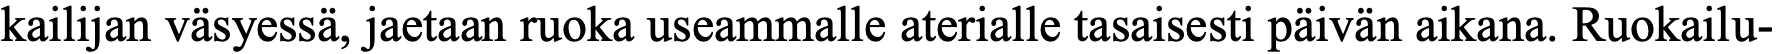
kailijan väsyessä, jaetaan ruoka useammalle aterialle tasaisesti päivän aikana. Ruokailu-